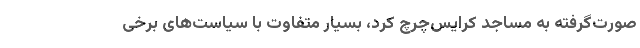
صورت‌گرفته به مساجد کرایس‌چرچ کرد، بسیار متفاوت با سیاست‌های برخی